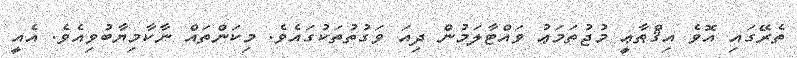
ތެރޭގައި އޮވެ އިޤްޠާޢީ މުޖުތަމަޢު ވައްޓާލަމުން ދިއަ ވަގުތުތަކުގައެވެ. މިކަންތައް ނާކާމިޔާބުވިއެވެ. އެއީ